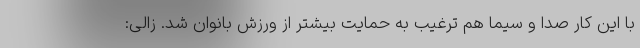
با این کار صدا و سیما هم ترغیب به حمایت بیشتر از ورزش بانوان شد. زالی: